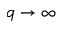
q \to \infty